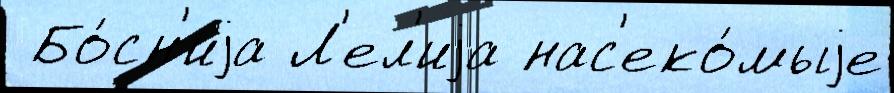
 Бо́сн'иjа Л'ел'иjа нас'еко́мыjе